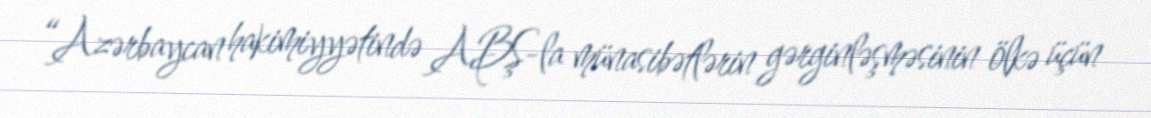
“Azərbaycan hakimiyyətində ABŞ-la münasibətlərin gərginləşməsinin ölkə üçün